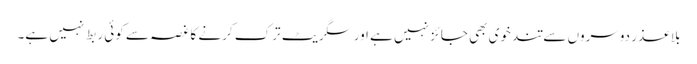
بلا عذر دوسروں سے تند خوی بھی جائز نہیں ہے اور سگریٹ ترک کرنے کا غصہ سے کوئی ربط نہیں ہے۔